Scottish Leaving Certificate Examination, 1957
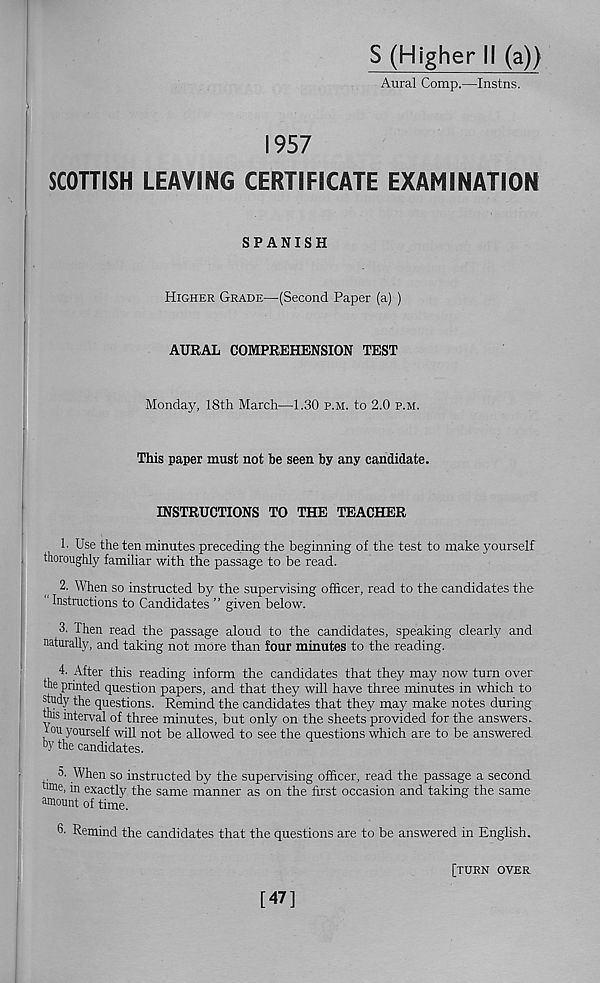
S (Higher II (a))
Aural Corap.—Instns.
1957
SCOTTISH LEAVING CERTIFICATE EXAMINATION
SPANISH
Higher Grade—(Second Paper (a) )
AURAL COMPREHENSION TEST
Monday, 18th March—1.30 p.m. to 2.0 p.m.
This paper must not be seen by any candidate.
INSTRUCTIONS TO THE TEACHER
!• Use the ten minutes preceding the beginning of the test to make yourself
thoroughly familiar with the passage to be read.
2. When so instructed by the supervising officer, read to the candidates the
Instructions to Candidates ” given below.
3. Then read the passage aloud to the candidates, speaking clearly and
naturally, and taking not more than four minutes to the reading.
4. After this reading inform the candidates that they may now turn over
the printed question papers, and that they will have three minutes in which to
study the questions. Remind the candidates that they may make notes during
this interval of three minutes, but only on the sheets provided for the answers,
lou yourself will not be allowed to see the questions which are to be answered
b y the candidates.
5. When so instructed by the supervising officer, read the passage a second
t'ine, in exactly the same manner as on the first occasion and taking the same
amount of time.
6- Remind the candidates that the questions are to be answered in English.
[turn over